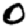
Digit: 0